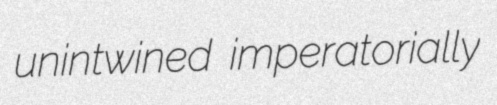
unintwined imperatorially